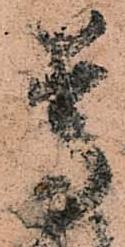
尊